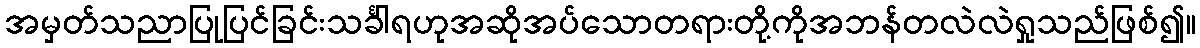
အမှတ်သညာပြုပြင်ခြင်းသင်္ခါရဟုအဆိုအပ်သောတရားတို့ကိုအဘန်တလဲလဲရှုသည်ဖြစ်၍။